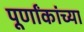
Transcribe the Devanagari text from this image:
पूर्णांकांच्या